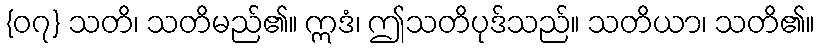
{၀၇} သတိ၊ သတိမည်၏။ ဣဒံ၊ ဤသတိပုဒ်သည်။ သတိယာ၊ သတိ၏။